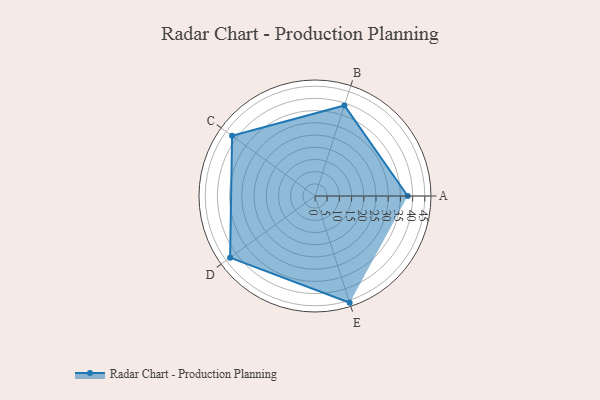
{"axis": {"x": "Skill", "y": "Score"}, "legend": ["Profile"], "data": [{"x": "A", "y": 38.0, "type": "Profile"}, {"x": "B", "y": 39.0, "type": "Profile"}, {"x": "C", "y": 42.0, "type": "Profile"}, {"x": "D", "y": 43.0, "type": "Profile"}, {"x": "E", "y": 46.0, "type": "Profile"}]}